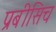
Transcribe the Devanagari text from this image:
प्रबीसिच